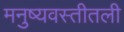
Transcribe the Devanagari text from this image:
मनुष्यवस्तीतली